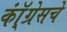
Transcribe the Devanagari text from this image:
कॉ्ंग्रेसचे